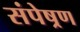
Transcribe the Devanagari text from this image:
संपेष्रण